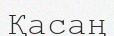
Қасаң